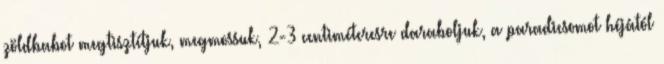
zöldbabot megtisztítjuk, megmossuk, 2-3 centiméteresre daraboljuk, a paradicsomot héjától